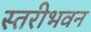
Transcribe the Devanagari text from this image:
स्तरीभवन